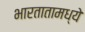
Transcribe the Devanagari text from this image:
भारतातामध्ये